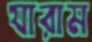
যারাম